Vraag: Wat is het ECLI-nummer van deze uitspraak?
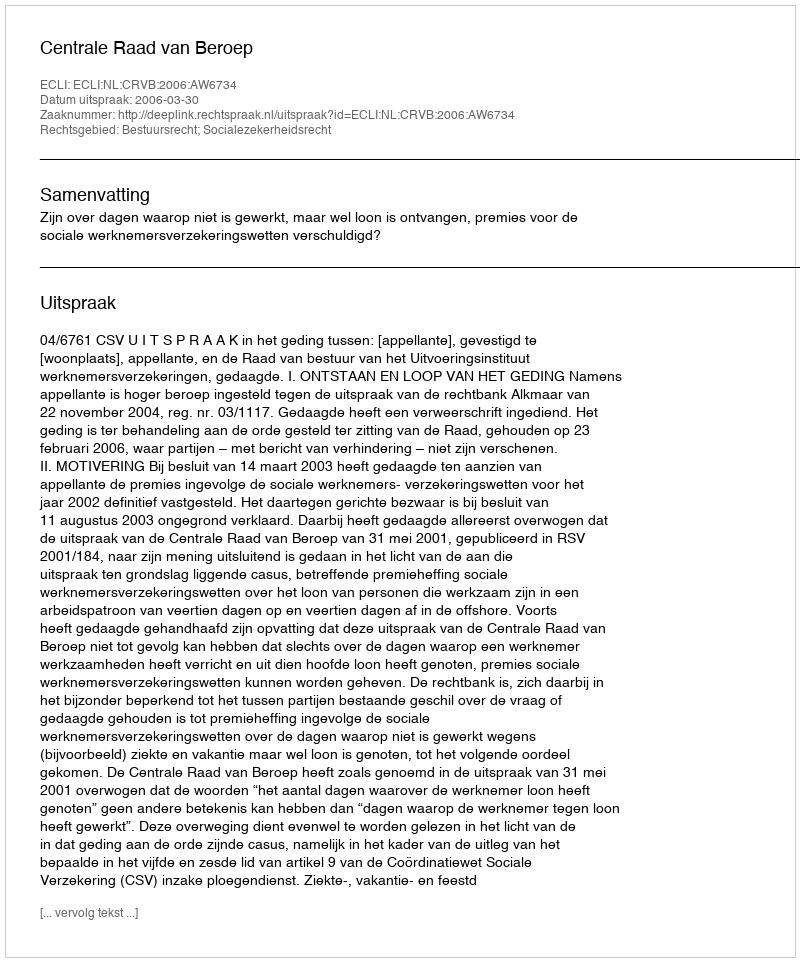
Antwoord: ECLI:NL:CRVB:2006:AW6734